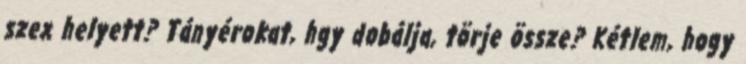
szex helyett? Tányérokat, hgy dobálja, törje össze? Kétlem, hogy